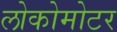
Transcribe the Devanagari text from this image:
लोकोमोटर